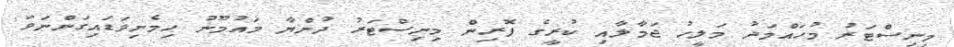
މިނިސްޓަރު މުހައްމަދު މަލީހު ޖަމާލާއި ކުރީގެ ފޮރިން މިނިސްޓަރު ދުންޔާ މައުމޫނު ހިމެނިވަޑައިގަންނަވަ